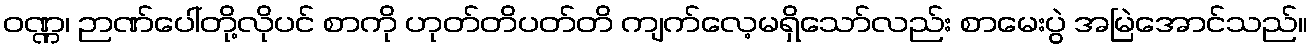
ဝဏ္ဏ၊ ဉာဏ်ပေါ်တို့လိုပင် စာကို ဟုတ်တိပတ်တိ ကျက်လေ့မရှိသော်လည်း စာမေးပွဲ အမြဲအောင်သည်။